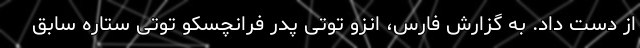
از دست داد. به گزارش فارس، انزو توتی پدر فرانچسکو توتی ستاره سابق